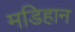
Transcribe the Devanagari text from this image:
मडिहान